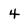
Character: 4